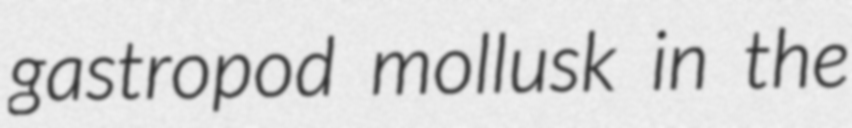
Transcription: gastropod mollusk in the